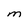
Character: M